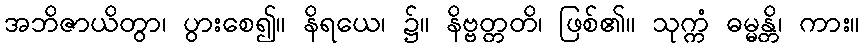
အဘိဇာယိတွာ၊ ပွားစေ၍။ နိရယေ၊ ၌။ နိဗ္ဗတ္တတိ၊ ဖြစ်၏။ သုက္ကံ ဓမ္မန္တိ၊ ကား။